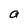
Character: a